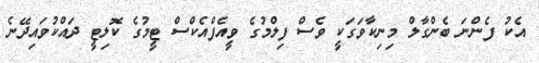
އެކު ފެންނަ ބެންގާލް މިނިކާވަގަކީ ވެސް ފިލްމުގެ ވީއެފްއެކްސް ޓީމުގެ ކޮލިޓީ ދައްކުވައިދޭނެ